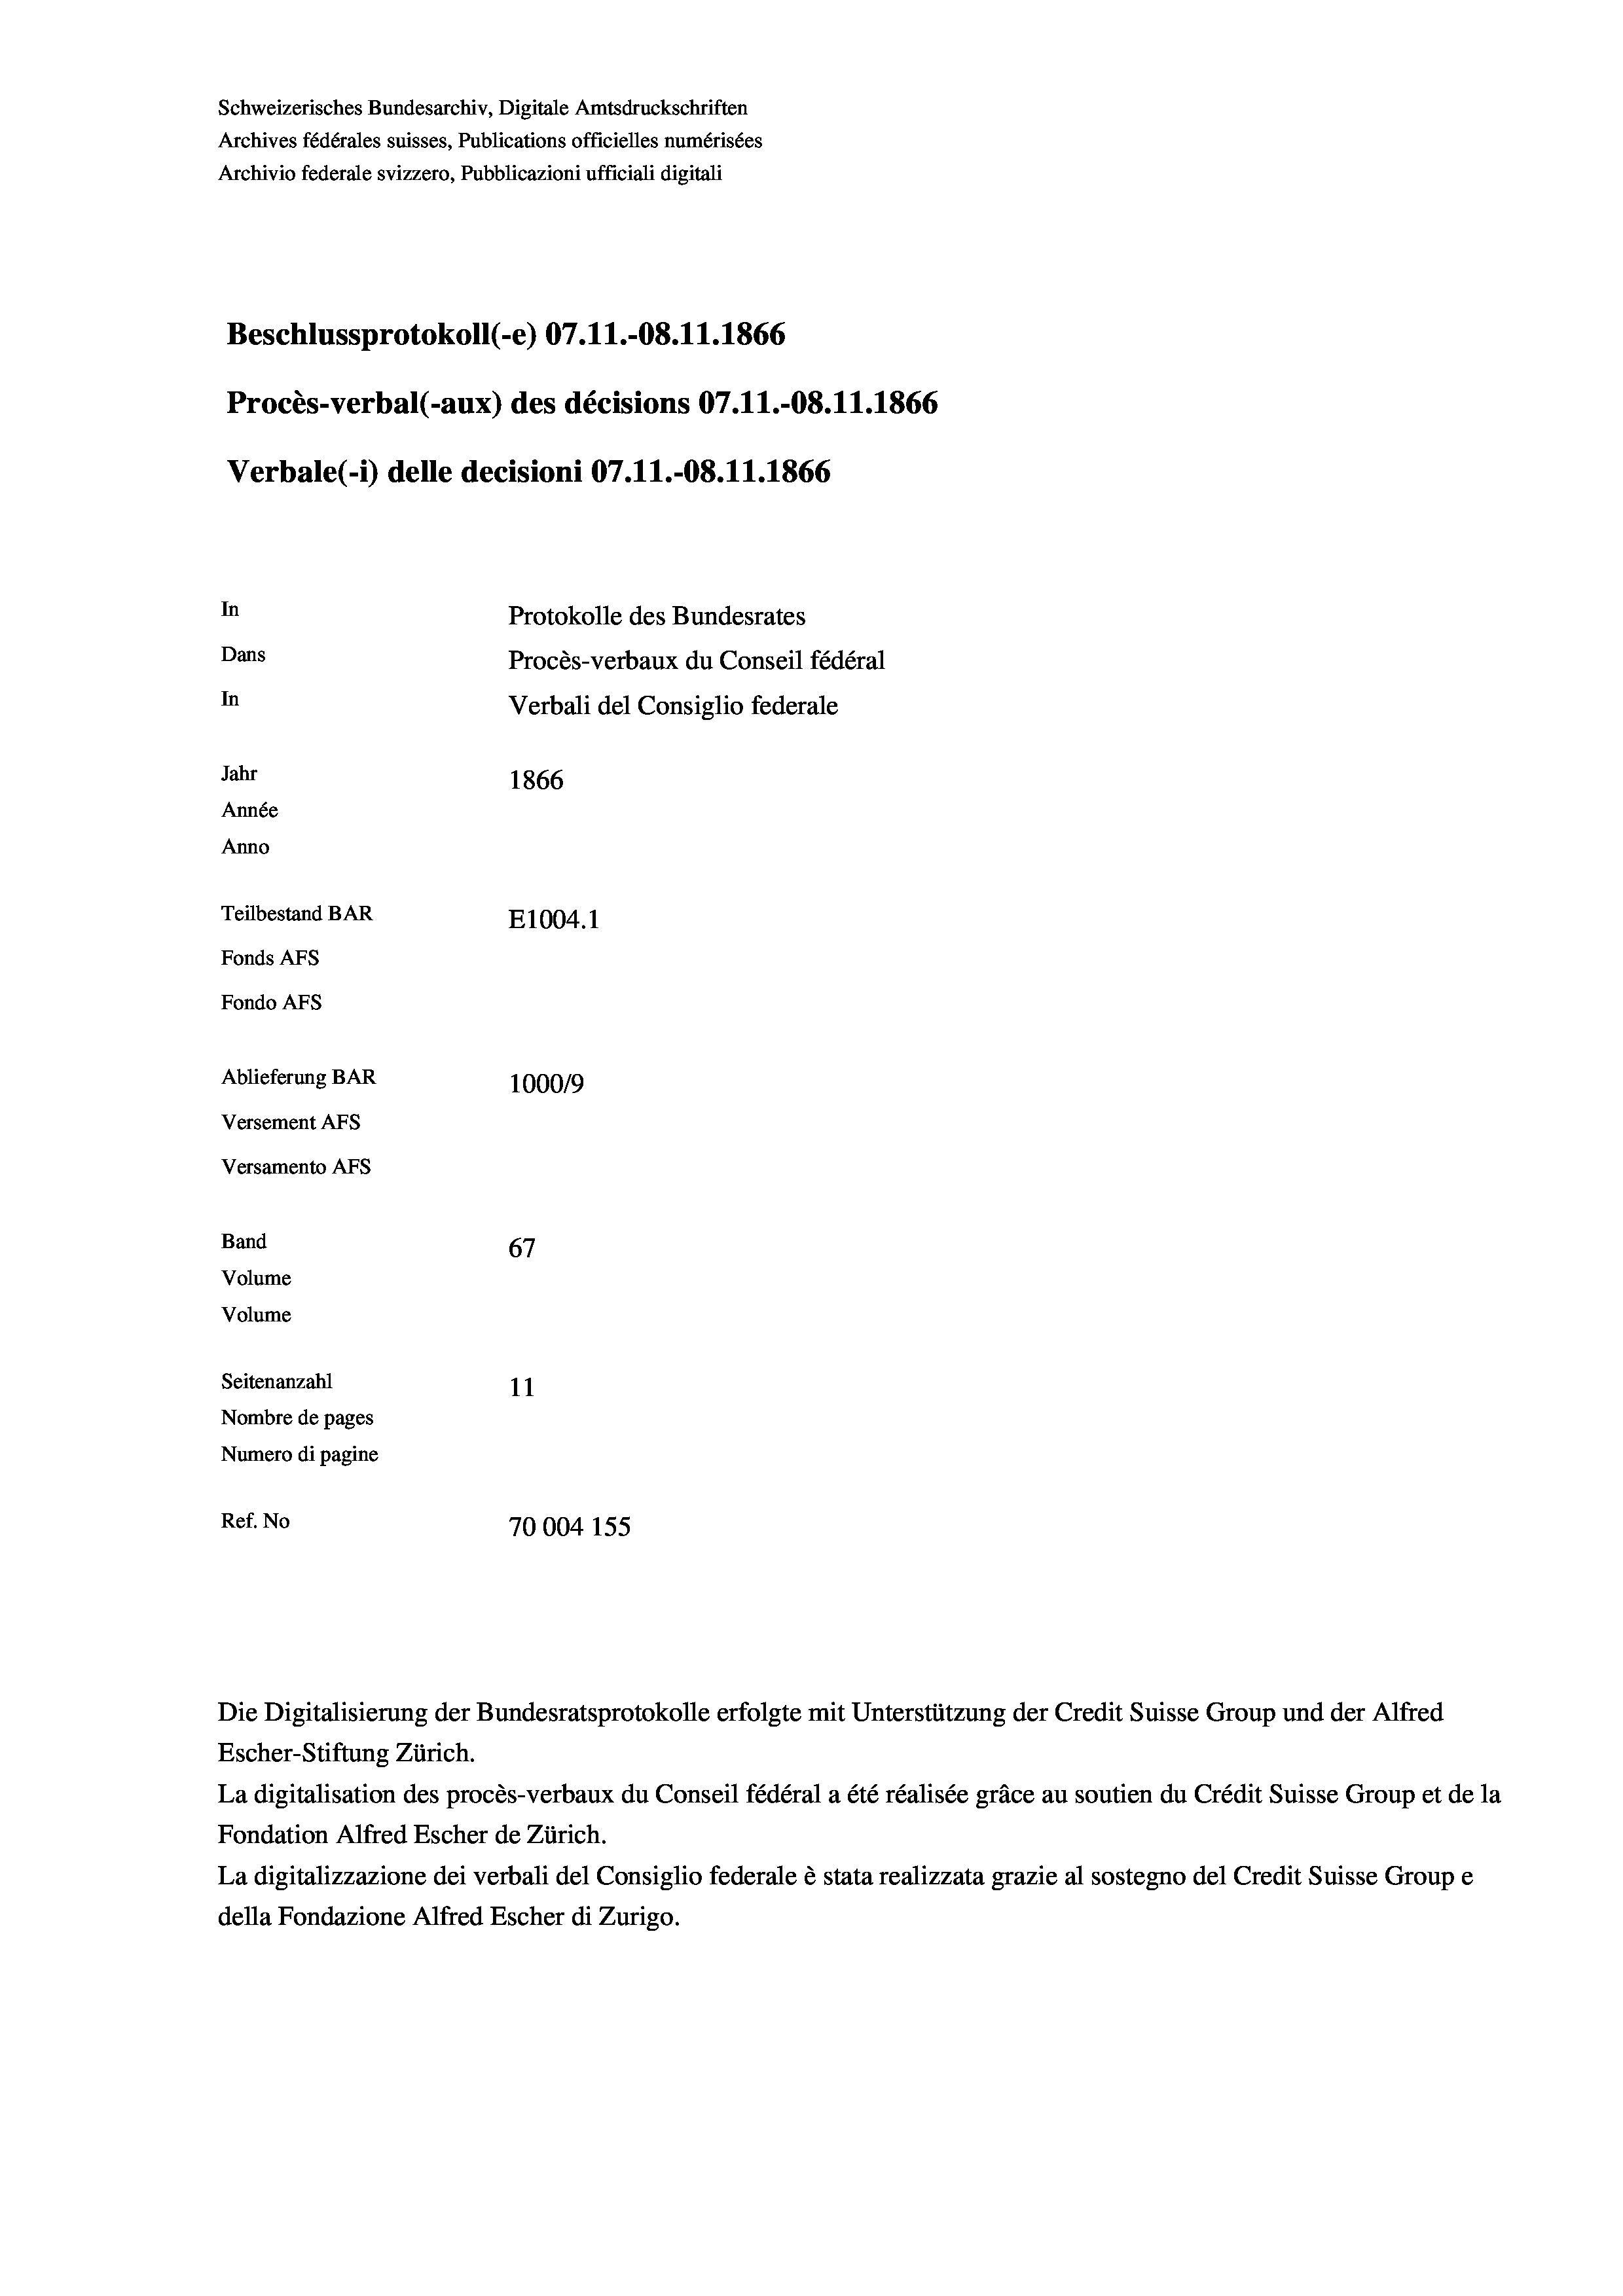
Schweizerisches Bundesarchiv, Digitale Amtsdruckschriften
Archives fédérales suisses, Publications officielles numérisées
Archivio federale svizzero, Pubblicazioni ufficiali digitali
Beschlussprotokoll (-e) 07.11.-08.11.1866
Procès-verbal (-aux) des décisions 07.11.-08.11.1866
Verbale (i) delle decisioni 07.11.-08.11.1866
In
Protokolle des Bundesrates
Dans
Procès-verbaux du Conseil fédéral
In
Verbali del Consiglio federale
Jahr
1866
Année
Anno
Teilbestand BAR
E1004. 1
Fonds AFs
Fondo Afs
Ablieferung BAR
100019
Versement AFs
Versamento AFS
Band
67
Volume
Volume

Seitenanzahl
11
Nombre de pages
Numero di pagine
Ref. No
70004 155

Escher-Stiftung Zürich.
La digitalisation des procès-verbaux du Conseil fédéral a été réalisée gräce au soutien du Crédit Suisse Group et de la
Fondation Alfred Escher de Zürich.
La digitalizzazione dei verbali del Consiglio federale è stata realizzata grazie al sostegno del Credit Suisse Groupe
della Fondazione Alfred Escher di Zurigo.

Die Digitalisierung der Bundesratsprotokolle erfolgte mit Unterstützung der Credit Suisse Group und der Alfred